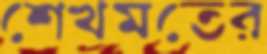
শেখমতের